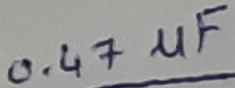
Text: 0.47µF